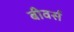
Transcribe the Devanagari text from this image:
बीवर्स